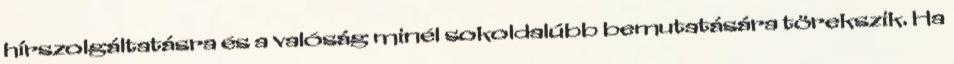
hírszolgáltatásra és a valóság minél sokoldalúbb bemutatására törekszik. Ha